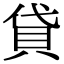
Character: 貸